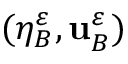
( \eta _ { B } ^ { \varepsilon } , \mathbf { u } _ { B } ^ { \varepsilon } )